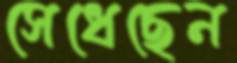
সেধেছেন